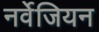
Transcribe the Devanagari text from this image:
नर्वेजियन